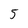
Character: 5